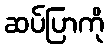
ဆပ်ပြာကို